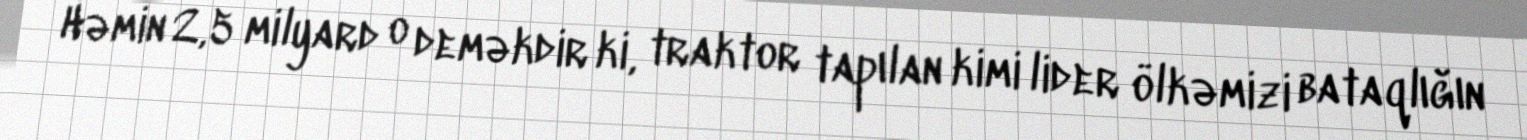
Həmin 2,5 milyard o deməkdir ki, traktor tapılan kimi lider ölkəmizi bataqlığın